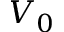
V _ { 0 }